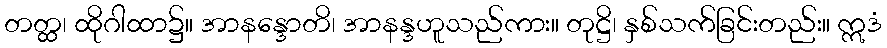
တတ္ထ၊ ထိုဂါထာ၌။ အာနန္ဒောတိ၊ အာနန္ဒဟူသည်ကား။ တုဋ္ဌိ၊ နှစ်သက်ခြင်းတည်း။ ဣဒံ